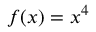
f ( x ) = x ^ { 4 }